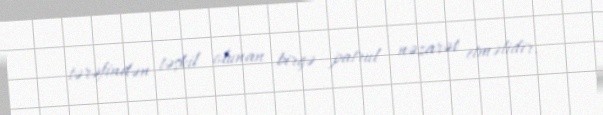
tərəfindən təşkil olunan birgə patrul nəzarət etməlidir.